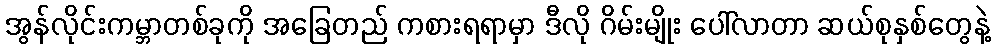
အွန်လိုင်းကမ္ဘာတစ်ခုကို အခြေတည် ကစားရရာမှာ ဒီလို ဂိမ်းမျိုး ပေါ်လာတာ ဆယ်စုနှစ်တွေနဲ့